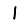
Digit: 1